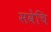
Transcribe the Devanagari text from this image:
सवेंचि